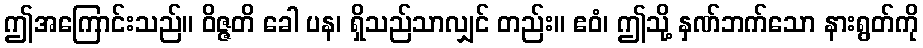
ဤအကြောင်းသည်။ ဝိဇ္ဇတိ ခေါ ပန၊ ရှိသည်သာလျှင် တည်း။ ဧဝံ၊ ဤသို့ နှဏ်ဘက်သော နားရွတ်ကို